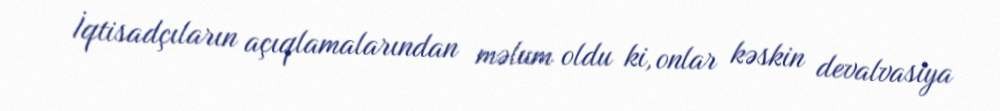
İqtisadçıların açıqlamalarından məlum oldu ki, onlar kəskin devalvasiya